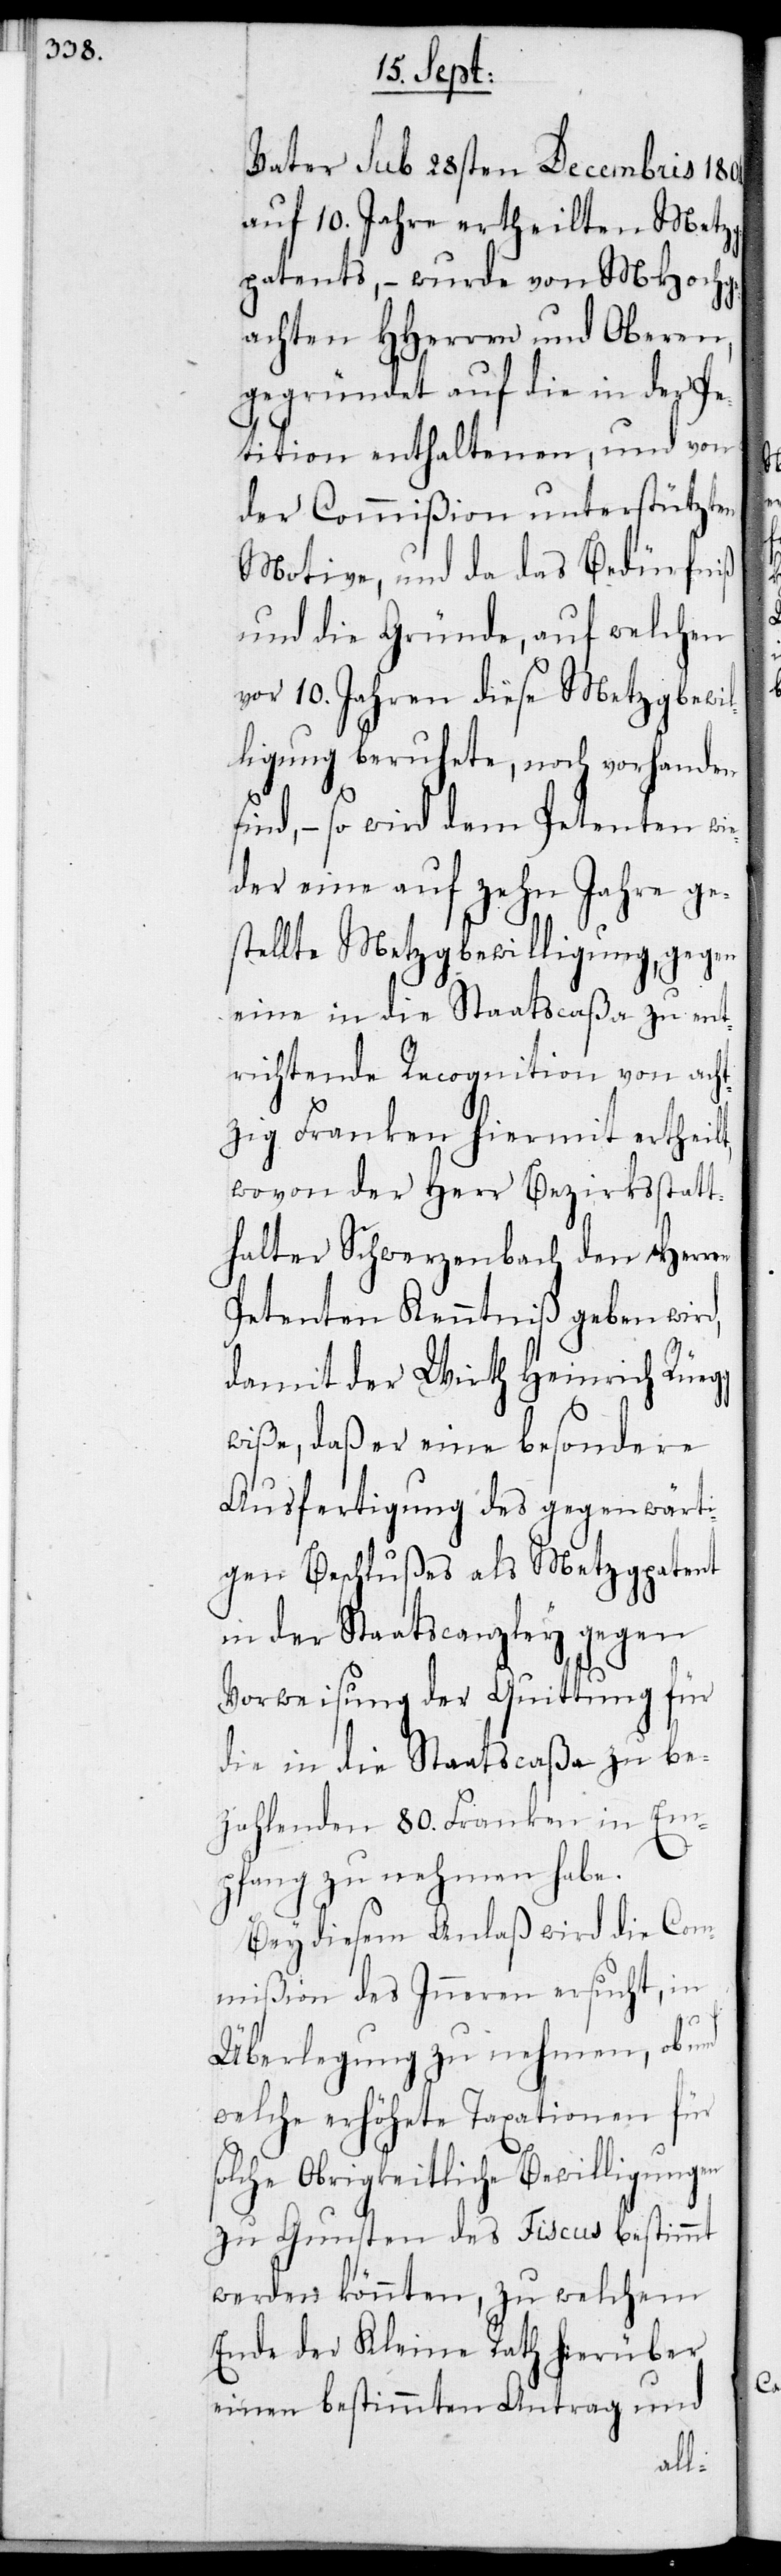
Vater sub 28sten Decembris 1804.
auf 10. Jahre ertheilten Metz¬
gpatents, – wurde von MHochge¬
achten HHerren und Oberen,
gegründet auf die in der Pe¬
tition enthaltenen, und von
der Commißion unterstützten
Motive, und da das Bedürfniß
und die Gründe, auf welchen
vor 10. Jahren diese Metzgbewil¬
ligung beruhete, noch vorhanden
ind, – so wird dem Petenten wi¬
eder eine auf zehn Jahre ge¬
stellte Metzgbewilligung gegen
eine in die Staatscaßa zu ent¬
richtende Recognition von acht¬
zig Franken hiermit ertheilt,
wovon der Herr Bezirksstatt¬
halter Schwerzenbach den Herren
Petenten Kenntniß geben wird,
damit der Wirth Heinrich Rüegg
wiße, daß er eine besondere
Ausfertigung des gegenwärti¬
gen Beschlußes als Metzgpatent
in der Staatscanzley gegen
Vorweisung der Quittung für
die in die Staatscaßa zu be¬
zahlenden 80. Franken in Em¬
pfang zu nehmen habe.
Bey diesem Anlaß wird die Com¬
mißion des Inneren ersucht, in
Überlegung zu nehmen, ob und
welche erhöhete Taxationen für
solche Obrigkeitliche Bewilligungen
zu Gunsten des Fiscus bestimmt
werden könnten, zu welchem
Ende der Kleine Rath hierüber
einen bestimmten Antrag und
s¬